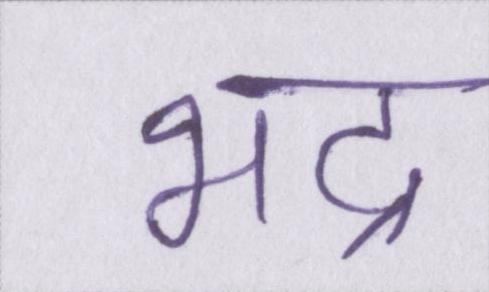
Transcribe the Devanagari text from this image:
भद्र